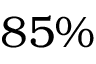
8 5 \%